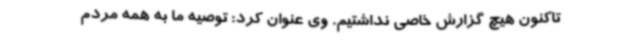
تاکنون هیچ گزارش خاصی نداشتیم. وی عنوان کرد: توصیه ما به همه مردم